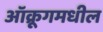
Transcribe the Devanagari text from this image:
ऑक्रूगमधील